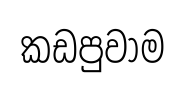
කඩපුවාම